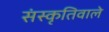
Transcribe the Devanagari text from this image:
संस्कृतिवाले